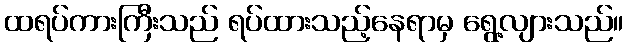
ထရပ်ကားကြီးသည် ရပ်ထားသည့်နေရာမှ ရွေ့လျားသည်။